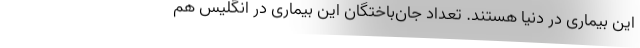
این بیماری در دنیا هستند. تعداد جان‌باختگان این بیماری در انگلیس هم